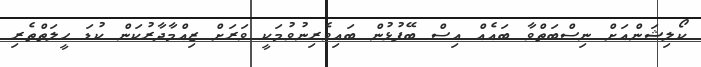
ކޯލިޝަންއަށް ނިސްބަތްވާ ބައެއް އިސް ބޭފުޅުން ބައިވެރިނުވުމަކީ ވަރަށް ޒިއްމާދާރުކަން ކުޑަ ހީލަތްތެރި